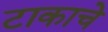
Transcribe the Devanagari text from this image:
टाकाचे